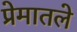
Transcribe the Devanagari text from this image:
प्रेमातले